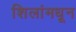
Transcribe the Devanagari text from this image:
शिलांमधून